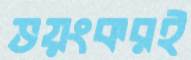
ভয়ংকরই